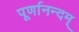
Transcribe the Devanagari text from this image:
पूर्णानन्दम्